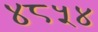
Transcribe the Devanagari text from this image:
४८५४